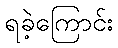
ရခဲ့ကြောင်း